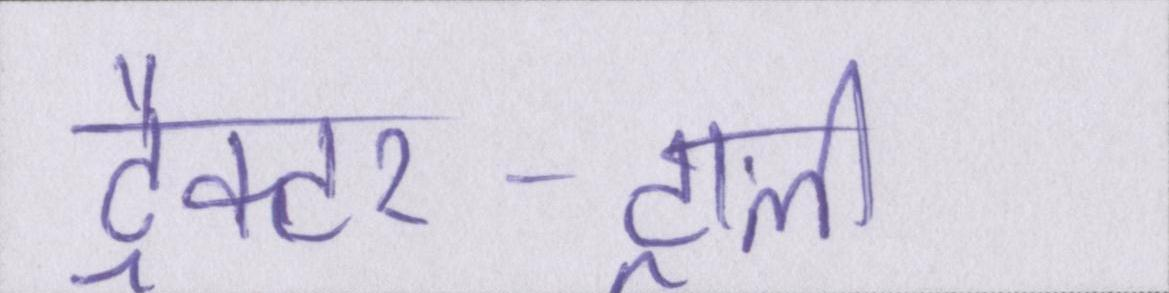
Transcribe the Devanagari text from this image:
ट्रैक्टर-ट्राली